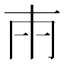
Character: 𭁢